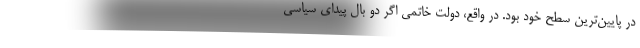
در پایین‌ترین سطح خود بود. در واقع، دولت خاتمی اگر دو بال پیدای سیاسی